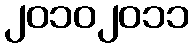
၂၀၁၀၂၀၁၁